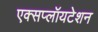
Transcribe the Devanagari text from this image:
एक्सप्लॉयटेशन